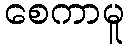
စေကာမူ